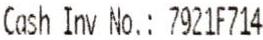
CASH INV NO.: 7921F714